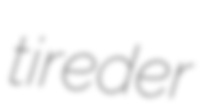
tireder